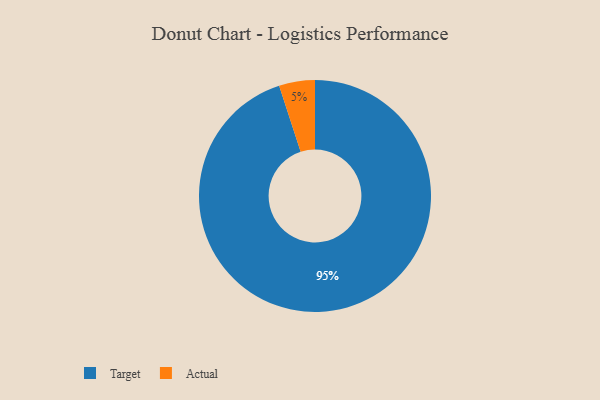
{"axis": {"x": "Category", "y": "Percentage"}, "legend": ["Actual", "Target"], "data": [{"x": "Actual", "y": 5, "type": "Actual"}, {"x": "Target", "y": 95, "type": "Target"}]}